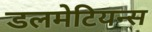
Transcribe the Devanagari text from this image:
डलमेटियन्स